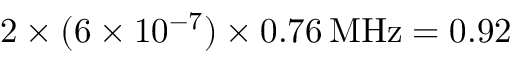
2 \times ( 6 \times 1 0 ^ { - 7 } ) \times 0 . 7 6 \, \mathrm { M H z } = 0 . 9 2